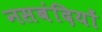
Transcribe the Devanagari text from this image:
नसबंदियों